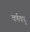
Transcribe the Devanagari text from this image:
वर्णवपु